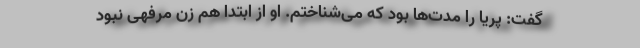
گفت: پریا را مدت‌ها بود که می‌شناختم. او از ابتدا هم زن مرفهی نبود